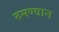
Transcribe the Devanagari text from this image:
रुमण्वान